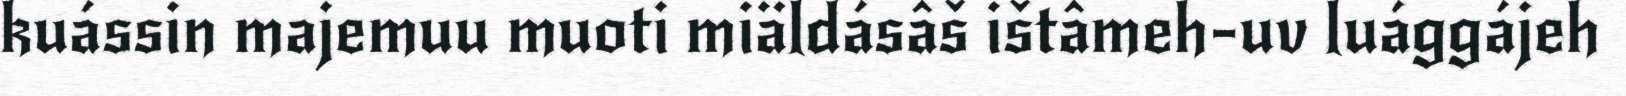
kuássin majemuu muoti miäldásâš ištâmeh-uv luággájeh